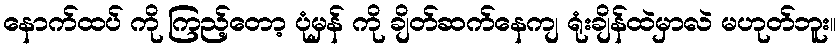
နောက်ထပ် ကို ကြည့်တော့ ပုံမှန် ကို ချိတ်ဆက်နေကျ ရုံးချိန်ထဲမှာလဲ မဟုတ်ဘူး။